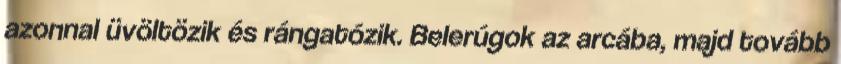
azonnal üvöltözik és rángatózik. Belerúgok az arcába, majd tovább